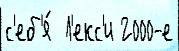
с'еб'я́  Л'екс'и 2000-е